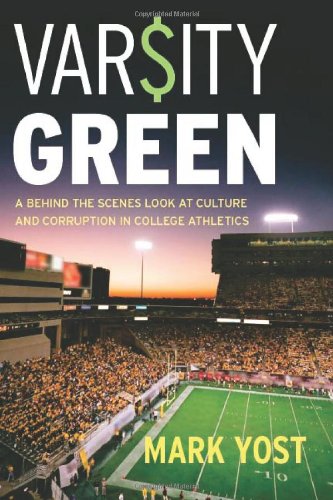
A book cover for Varsity Green: A Behind the Scenes Look at Culture and Corruption in College Athletics; Mark Yost; Sports & Outdoors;